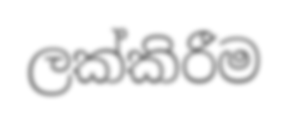
ලක්කිරීම